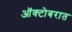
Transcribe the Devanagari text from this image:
ऑक्टोबरात